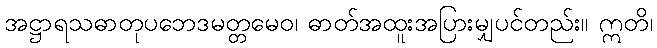
အဋ္ဌာရသဓာတုပဘေဒမတ္တမေဝ၊ ဓာတ်အထူးအပြားမျှပင်တည်း။ ဣတိ၊